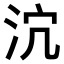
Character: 𣲽